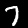
Digit: 7